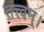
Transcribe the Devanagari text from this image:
तत्त्वम्।